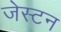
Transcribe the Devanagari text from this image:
जेस्टन